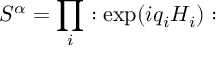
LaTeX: S ^ { \alpha } = \prod _ { i } : \exp ( i q _ { i } H _ { i } ) :